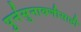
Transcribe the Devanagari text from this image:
पुर्नसुनावणीसाठी